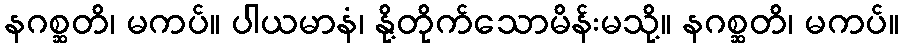
နဂစ္ဆတိ၊ မကပ်။ ပါယမာနံ၊ နို့တိုက်သောမိန်းမသို့။ နဂစ္ဆတိ၊ မကပ်။